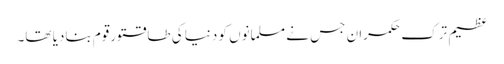
عظیم ترک حکمران جس نے مسلمانوں کو دنیا کی طاقتورقوم بنادیا تھا۔